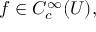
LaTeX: f \in C _ { c } ^ { \infty } ( U ) ,